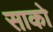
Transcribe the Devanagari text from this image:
साको